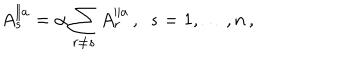
A _ { s } ^ { \parallel a } = \alpha \sum _ { r \ne s } A _ { r } ^ { \parallel a } \, , \ \ s = 1 , \ldots , n \, ,